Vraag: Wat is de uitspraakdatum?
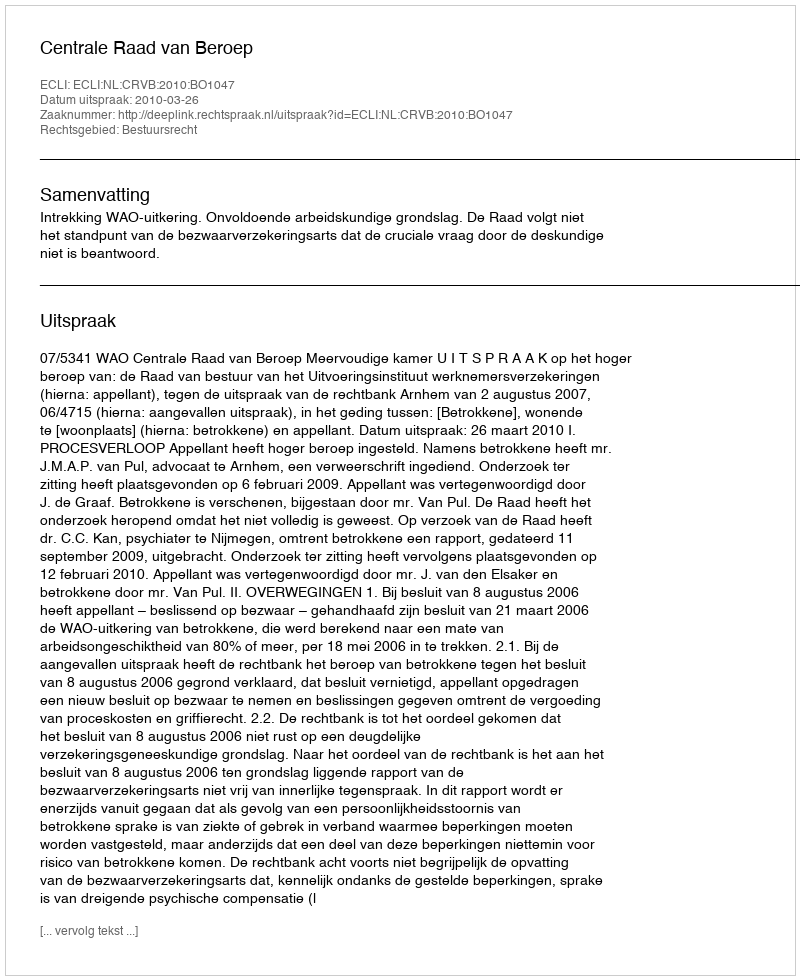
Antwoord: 2010-03-26